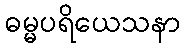
ဓမ္မပရိယေသနာ